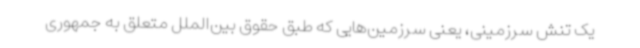
یک تنش سرزمینی، یعنی سرزمین‌هایی که طبق حقوق بین‌الملل متعلق به جمهوری